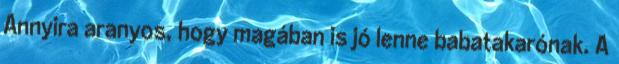
Annyira aranyos, hogy magában is jó lenne babatakarónak. A